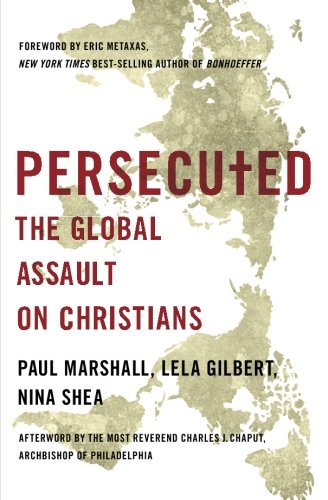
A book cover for Persecuted: The Global Assault on Christians; Paul Marshall; Religion & Spirituality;